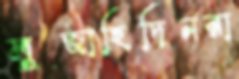
মুজাহিদিনরা